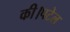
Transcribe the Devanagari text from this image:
की।पटेल